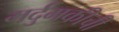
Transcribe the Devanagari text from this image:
मर्दुमकीची